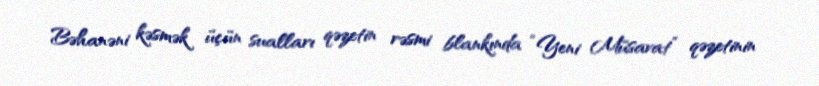
Bəhanəni kəsmək üçün sualları qəzetin rəsmi blankında “Yeni Müsavat” qəzetinin